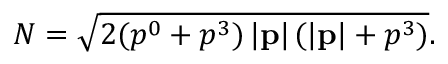
N = \sqrt { 2 ( p ^ { 0 } + p ^ { 3 } ) \, | \mathbf { p } | \, ( | \mathbf { p } | + p ^ { 3 } ) } .